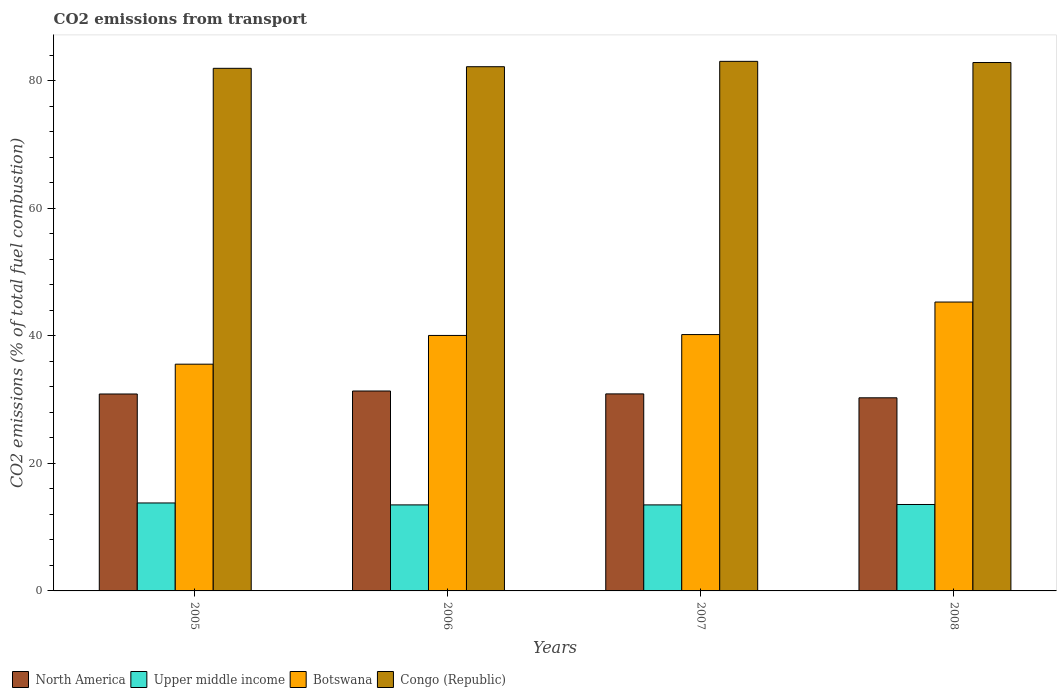
| Years | North America | Upper middle income | Botswana | Congo (Republic) |
 | --- | --- | --- | --- | --- |
 | 2005 | 30.9 | 13.8 | 35.5 | 81.9 |
 | 2006 | 31.3 | 13.5 | 40 | 82.2 |
 | 2007 | 30.9 | 13.5 | 40.2 | 83 |
 | 2008 | 30.3 | 13.5 | 45.3 | 82.8 |